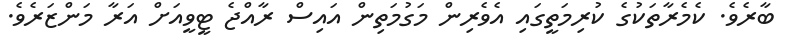
ބާރެވެ. ކެމެރާތަކުގެ ކުރިމަތީގައި އެވެރިން މަގުމަތިން އައިސް ރާއްޖެ ޓީވީއަށް އަރާ މަންޒަރެވެ.